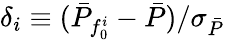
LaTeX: \delta_{i}\equiv(\bar{P}_{f_{0}^{i}}-\bar{P})/\sigma_{\bar{P}}